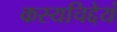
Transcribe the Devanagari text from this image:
कस्यचिद्देयं